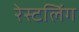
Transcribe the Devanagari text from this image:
रेस्टलिंग